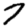
Digit: 7